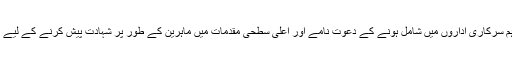
میڈیا کی ولولہ UCLA انگیز توجہ، اہم سرکاری اداروں میں شامل ہونے کے دعوت نامے اور اعلی سطحی مقدمات میں ماہرین کے طور پر شہادت پیش کرنے کے لیے ، ہر قسم کی لطف اندوزی ختم ہو گئی۔